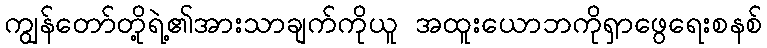
ကျွန်တော်တို့ရဲ့၏အားသာချက်ကိုယူ အထူးယောဘကိုရှာဖွေရေးစနစ်